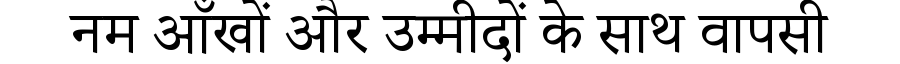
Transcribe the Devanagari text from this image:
नम आँखों और उम्मीदों के साथ वापसी